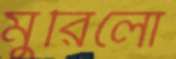
মুরিলো